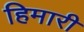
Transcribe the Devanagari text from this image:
हिमारी